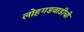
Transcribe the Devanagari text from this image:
लोहगडवाडीची